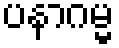
ပနာဂမ္မ